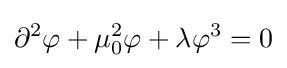
\partial ^{2}\varphi +\mu _{0}^{2}\varphi +\lambda \varphi ^{3}=0